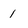
Character: 1